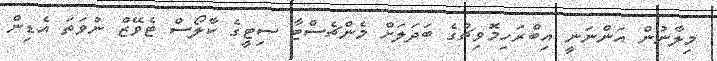
މިލާނުން އަންނަނީ އިބްރަހިމޮވިޗުގެ ބަދަލަށް މެންޗެސްޓާ ސިޓީގެ ކާލޯސް ޓެވޭޒް ނުވަތަ އެޑިން